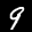
Label: 9